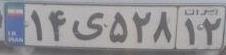
۱۴ی۵۲۸۱۲